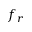
f _ { r }